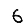
Digit: 6